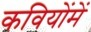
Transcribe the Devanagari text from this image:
कवियोंमें